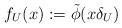
LaTeX: \begin{align*} f_U(x) := \tilde \phi( x \delta_U ) \end{align*}